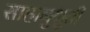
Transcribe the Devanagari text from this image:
साहानुभुती